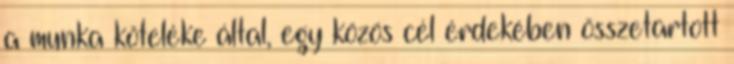
a munka köteléke által, egy közös cél érdekében összetartott